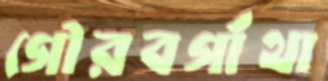
গৌরবগাঁথা